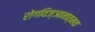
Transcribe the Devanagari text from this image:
रोगविज्ञानात्मक